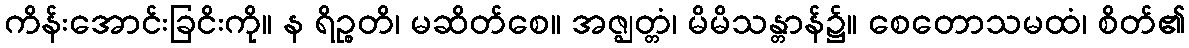
ကိန်းအောင်းခြငိးကို။ န ရိဉ္စတိ၊ မဆိတ်စေ။ အဇ္ဈတ္တံ၊ မိမိသန္တာန်၌။ စေတောသမထံ၊ စိတ်၏